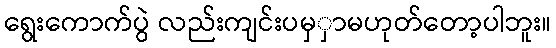
ရွေးကောက်ပွဲ လည်းကျင်းပမှှာမဟုတ်တော့ပါဘူး။